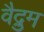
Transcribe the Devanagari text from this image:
वैद्रुम